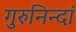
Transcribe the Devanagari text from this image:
गुरुनिन्दां